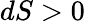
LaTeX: dS>0